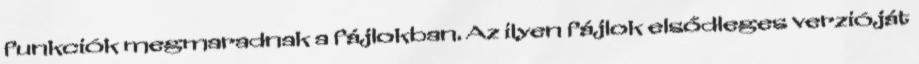
funkciók megmaradnak a fájlokban. Az ilyen fájlok elsődleges verzióját